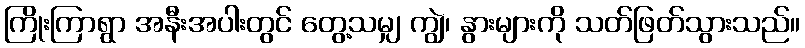
ကြိုးကြာရွာ အနီးအပါးတွင် တွေ့သမျှ ကျွဲ၊ နွားများကို သတ်ဖြတ်သွားသည်။